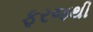
ફરજથી